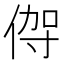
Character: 𬾦